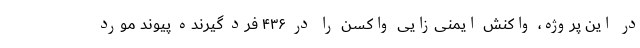
در این پروژه، واکنش ایمنی‌زایی واکسن را در ۴۳۶ فرد گیرنده پیوند مورد